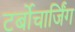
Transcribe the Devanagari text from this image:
टर्बोचार्जिंग